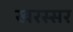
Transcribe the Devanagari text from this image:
खरस्सर